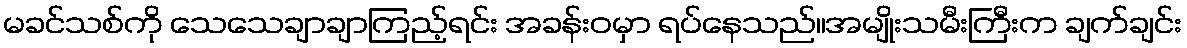
မခင်သစ်ကို သေသေချာချာကြည့်ရင်း အခန်းဝမှာ ရပ်နေသည်။အမျိုးသမီးကြီးက ချက်ချင်း